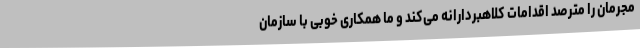
مجرمان را مترصد اقدامات کلاهبردارانه می‌کند و ما همکاری خوبی با سازمان